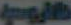
الروسية